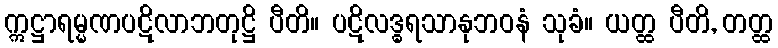
ဣဋ္ဌာရမ္မဏပဋိလာဘတုဋ္ဌိ ပီတိ။ ပဋိလဒ္ဓရသာနုဘဝနံ သုခံ။ ယတ္ထ ပီတိ, တတ္ထ